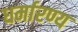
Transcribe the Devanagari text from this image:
धर्मारण्य